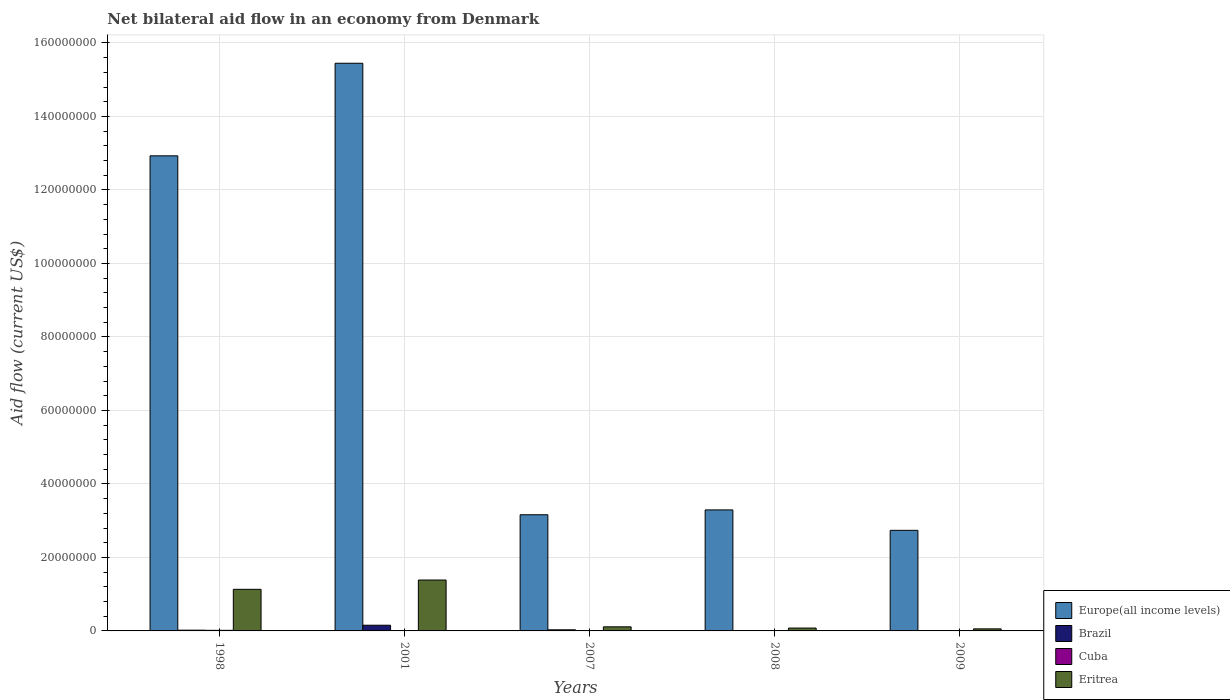
| Years | Europe(all income levels) | Brazil | Cuba | Eritrea |
 | --- | --- | --- | --- | --- |
 | 1998 | 1.29e+08 | 2e+05 | 1.6e+05 | 1.13e+07 |
 | 2001 | 1.54e+08 | 1.55e+06 | 1.1e+05 | 1.38e+07 |
 | 2007 | 3.16e+07 | 3e+05 | 2e+04 | 1.11e+06 |
 | 2008 | 3.29e+07 | -1e+04 | 5e+04 | 7.8e+05 |
 | 2009 | 2.74e+07 | 1e+04 | 1e+04 | 5.6e+05 |